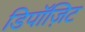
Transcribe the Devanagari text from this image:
डिपॉज़िट